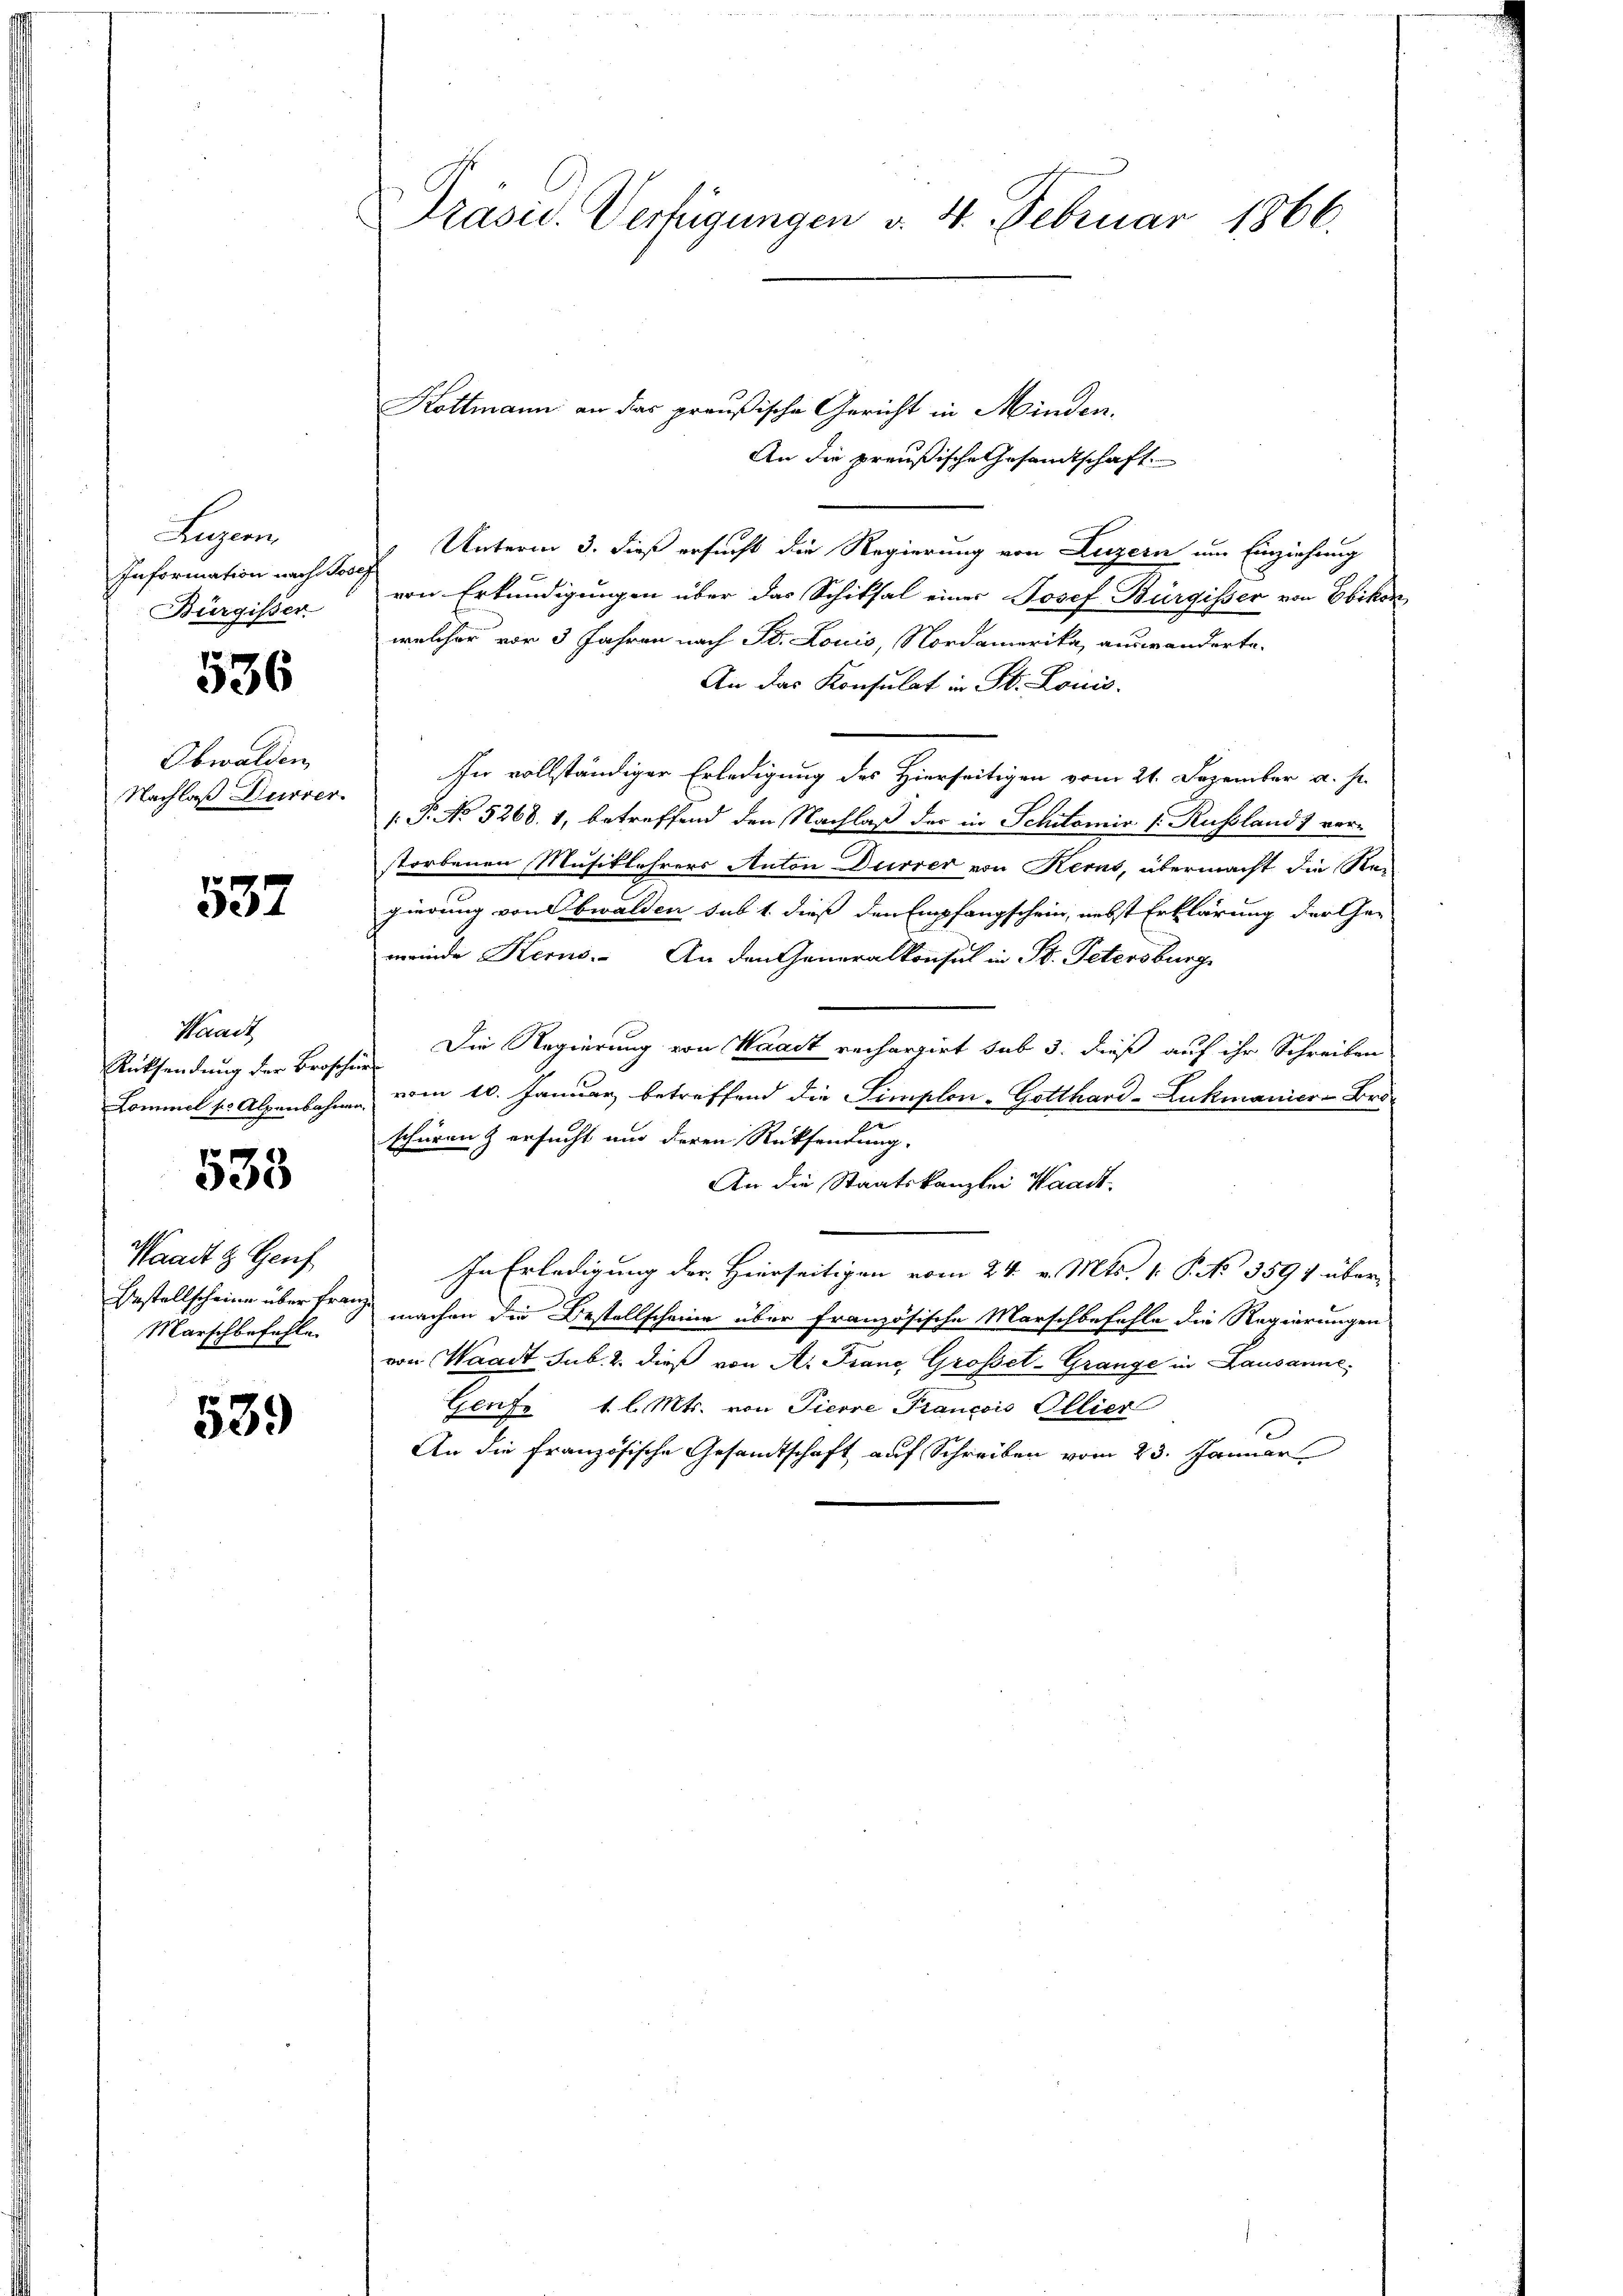
Lugan
Information nach Jose,
Bürgisser

536

Obwalden
Nachlaß Dürrer.

537

Waadt
Rücksendung der Brosche
Lommel pr. Alpenbahnen

533

Waadt & Genf
Bestellscheine über freu
Marschbefehle.

539

Präsid. Verfügungen v. 4. Februar 1866.

Kottmann an das preußische Gericht in Minden,

An die preußische Gesandtschaft
Unterm 3. dieß ersucht die Regierung von Luzern um Einziehung
von Erkundigungen über das Schiksal einer Josef Bürgisser von Ebikon,
welcher vor 3 Jahren nach St. Louis, Nordamerika, auswanderte.
An das Konsulat in St. Loicis.
In vollständiger Erledigung des Hierseitigen vom 21. Dezember a. s.
/. P. No 5268. 1, betreffend den Nachlaß der in Schilomir s. Russland 1 vor-
storbenen Musiklehrers Anton Dürrer von Kernt, übermacht die Rei
gierung von Obwalden sub 1. dieß den Empfangschein, nebst Erklärung der Ge-
meinde Kerns. An den Generalkonsul in St. Petersburg,
Die Regierung von Waadt rechargirt sub 3. dieß auf ihr Schreiben
vom 10. Januar betreffend die Simplon-Gotthard-Lukmaniere Bro
schüren & ersucht und deren Rücksendung.
An die Staatskanzlei Waadt
In Erledigung der Hierseitigen vom 24. v. Mts. 1. P. Nr. 3891 über
machen die Bestellscheine über französische Marschbefehle die Regierungen
von Waadt sub. 2. dieß von A. Frane Grossel-Grange in Lausanne,
Geute 1 l. Mts. von Tierre Francois Ollier
An die französische Gesandtschaft auf Schreiben vom 23. Januar